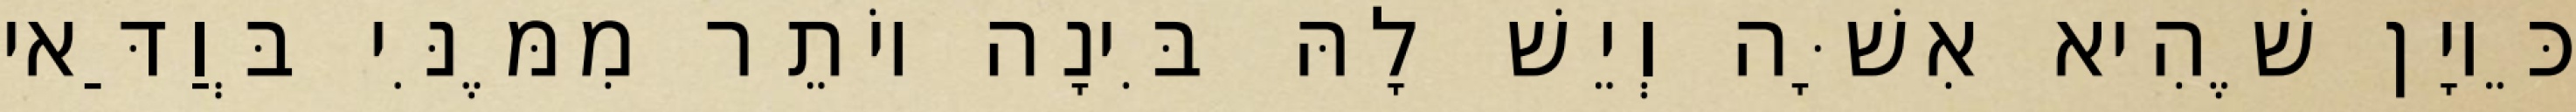
כֵּיוָן שֶׁהִיא אִשָּׁה וְיֵשׁ לָהּ בִּינָה יוֹתֵר מִמֶּנִּי בְּוַדַּאי